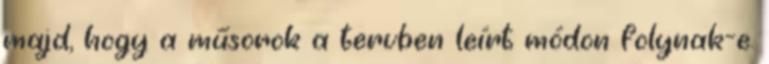
majd, hogy a műsorok a tervben leírt módon folynak-e.